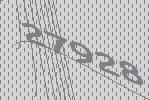
27928